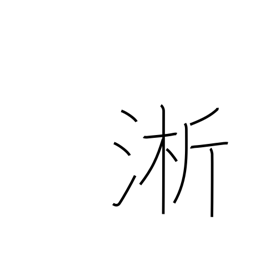
Meaning: wash rice